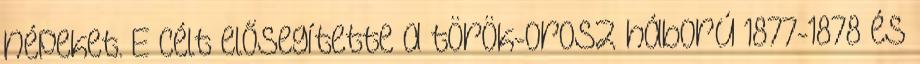
népeket. E célt elősegítette a török-orosz háború 1877-1878 és